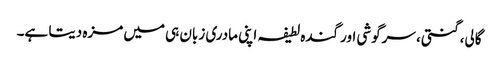
گالی، گنتی، سرگوشی اور گندہ لطیفہ اپنی مادری زبان ہی میں مزہ دیتا ہے۔